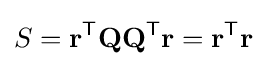
S=\mathbf {r} ^{\mathsf {T}}\mathbf {Q} \mathbf {Q} ^{\mathsf {T}}\mathbf {r} =\mathbf {r} ^{\mathsf {T}}\mathbf {r}